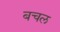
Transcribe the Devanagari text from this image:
बचल